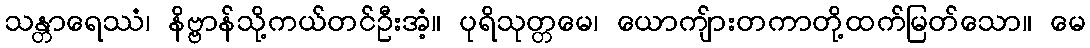
သန္တာရေဿံ၊ နိဗ္ဗာန်သို့ကယ်တင်ဦးအံ့။ ပုရိသုတ္တမေ၊ ယောကျ်ားတကာတို့ထက်မြတ်သော။ မေ